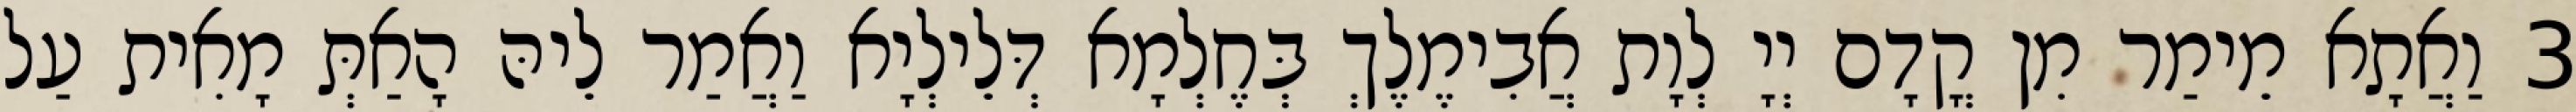
3 וַאֲתָא מֵימַר מִן קֳדָם יְיָ לְוָת אֲבִימֶלֶךְ בְּחֶלְמָא דְּלֵילְיָא וַאֲמַר לֵיהּ הָאַתְּ מָאִית עַל